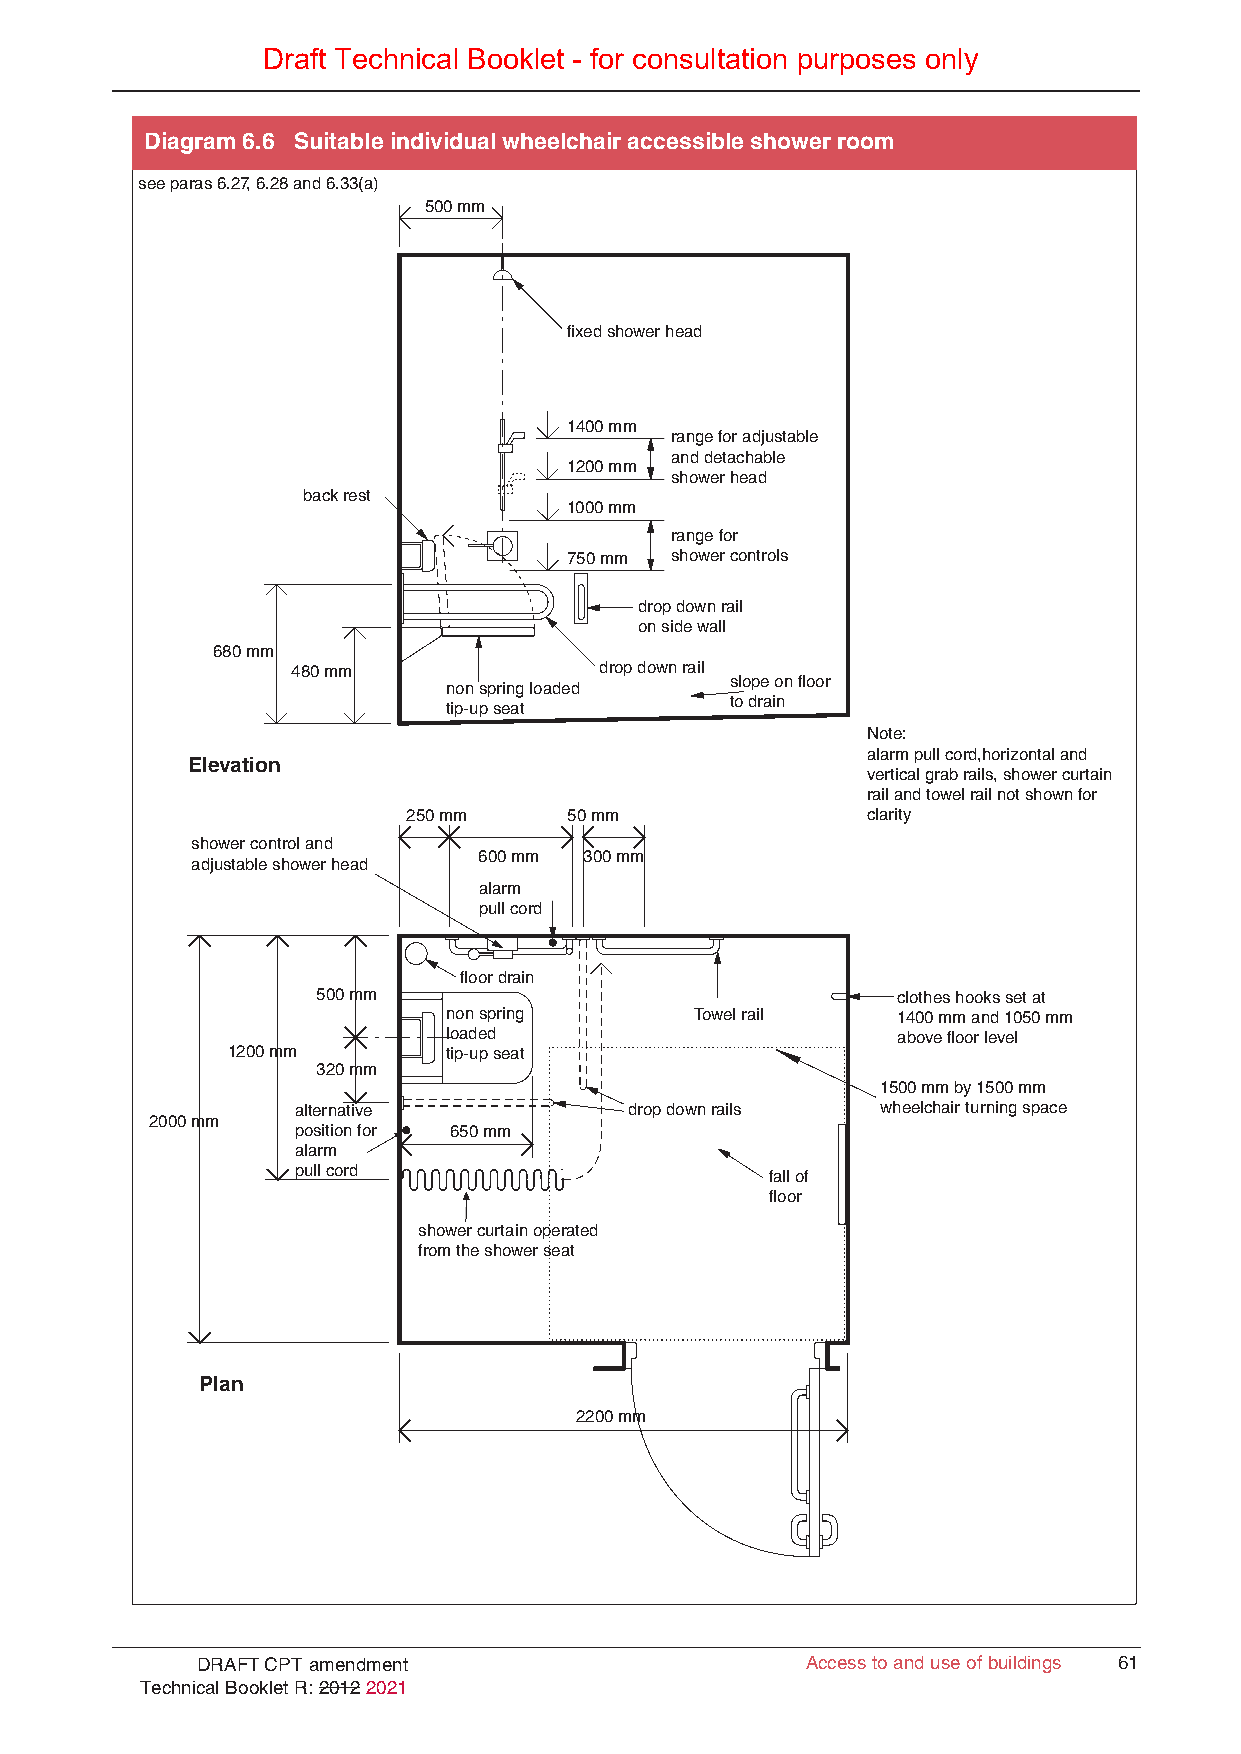
Draft Technical Booklet - for consultation purposes only
 Diagram 6.6 Suitable individual wheelchair accessible shower room
 see paras 6.27, 6.28 and 6.33(a)
 500 mm
 fixed shower head
 1400 mm
 range for adjustable
 and detachable
 1200 mm
 shower head
 back rest
 1000 mm
 range for
 750 mm shower controls
 drop down rail
 on side wall
 680 mm
 480 mm               drop down rail
 slope on floor
 non spring loaded
 to drain
 tip-up seat
 Note:
 alarm pull cord,horizontal and
 Elevation
 vertical grab rails, shower curtain
 rail and towel rail not shown for
 250 mm     50 mm              clarity
 shower control and
 600 mm 300 mm
 adjustable shower head
 alarm
 pull cord
 floor drain
 500 mm                                clothes hooks set at
 non spring       Towel rail   1400 mm and 1050 mm
 loaded                        above floor level
 1200 mm       tip-up seat
 320 mm
 1500 mm by 1500 mm
 alternative            drop down rails wheelchair turning space
 2000 mm
 position for 650 mm
 alarm
 pull cord                       fall of
 floor
 shower curtain operated
 from the shower seat
 Plan
 2200 mm
 DRAFT CPT amendment                     Access to and use of buildings 61
 Technical Booklet R: 2012 2021